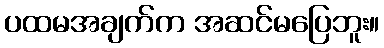
ပထမအချက်က အဆင်မပြေဘူး။